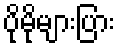
ပိုမိုများပြား